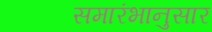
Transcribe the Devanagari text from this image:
समारंभानुसार